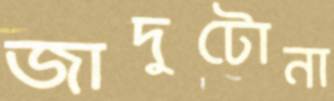
জাদুটোনা